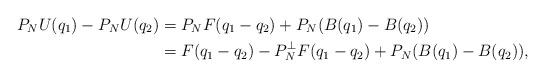
LaTeX: \begin{align*}P_NU(q_1)-P_NU(q_2)&=P_NF(q_1-q_2)+P_N(B(q_1)-B(q_2))\\&=F(q_1-q_2)-P_N^\perp F(q_1-q_2)+P_N(B(q_1)-B(q_2)),\end{align*}